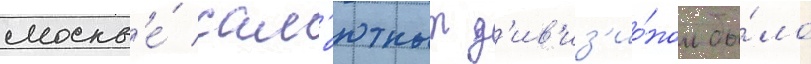
москв'е́ сал'ютным д'ив'из'ио́ном бы́ло